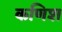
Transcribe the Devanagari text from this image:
कणिश